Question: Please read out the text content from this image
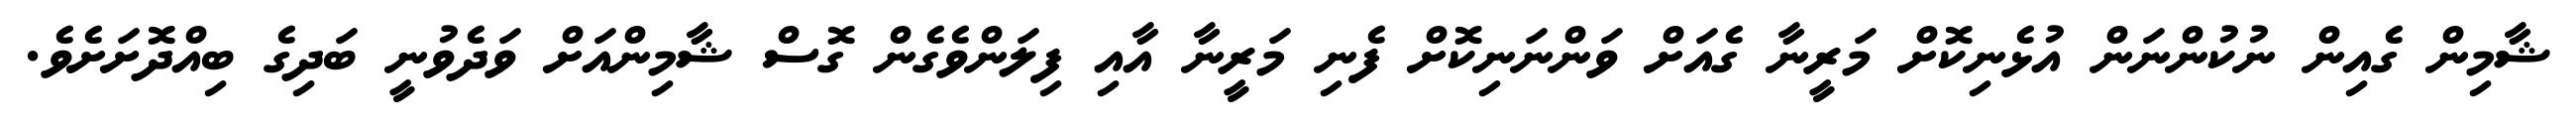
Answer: ޝާމިން ގެއިން ނުކުންނަން އުޅެނިކޮށް މަރީނާ ގެއަށް ވަންނަނިކޮށް ފެނި މަރީނާ އާއި ފިލަންވެގެން ގޮސް ޝާމިންއަށް ވަދެވުނީ ބަދިގެ ބިއްދޮށަށެވެ.